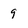
Character: 9